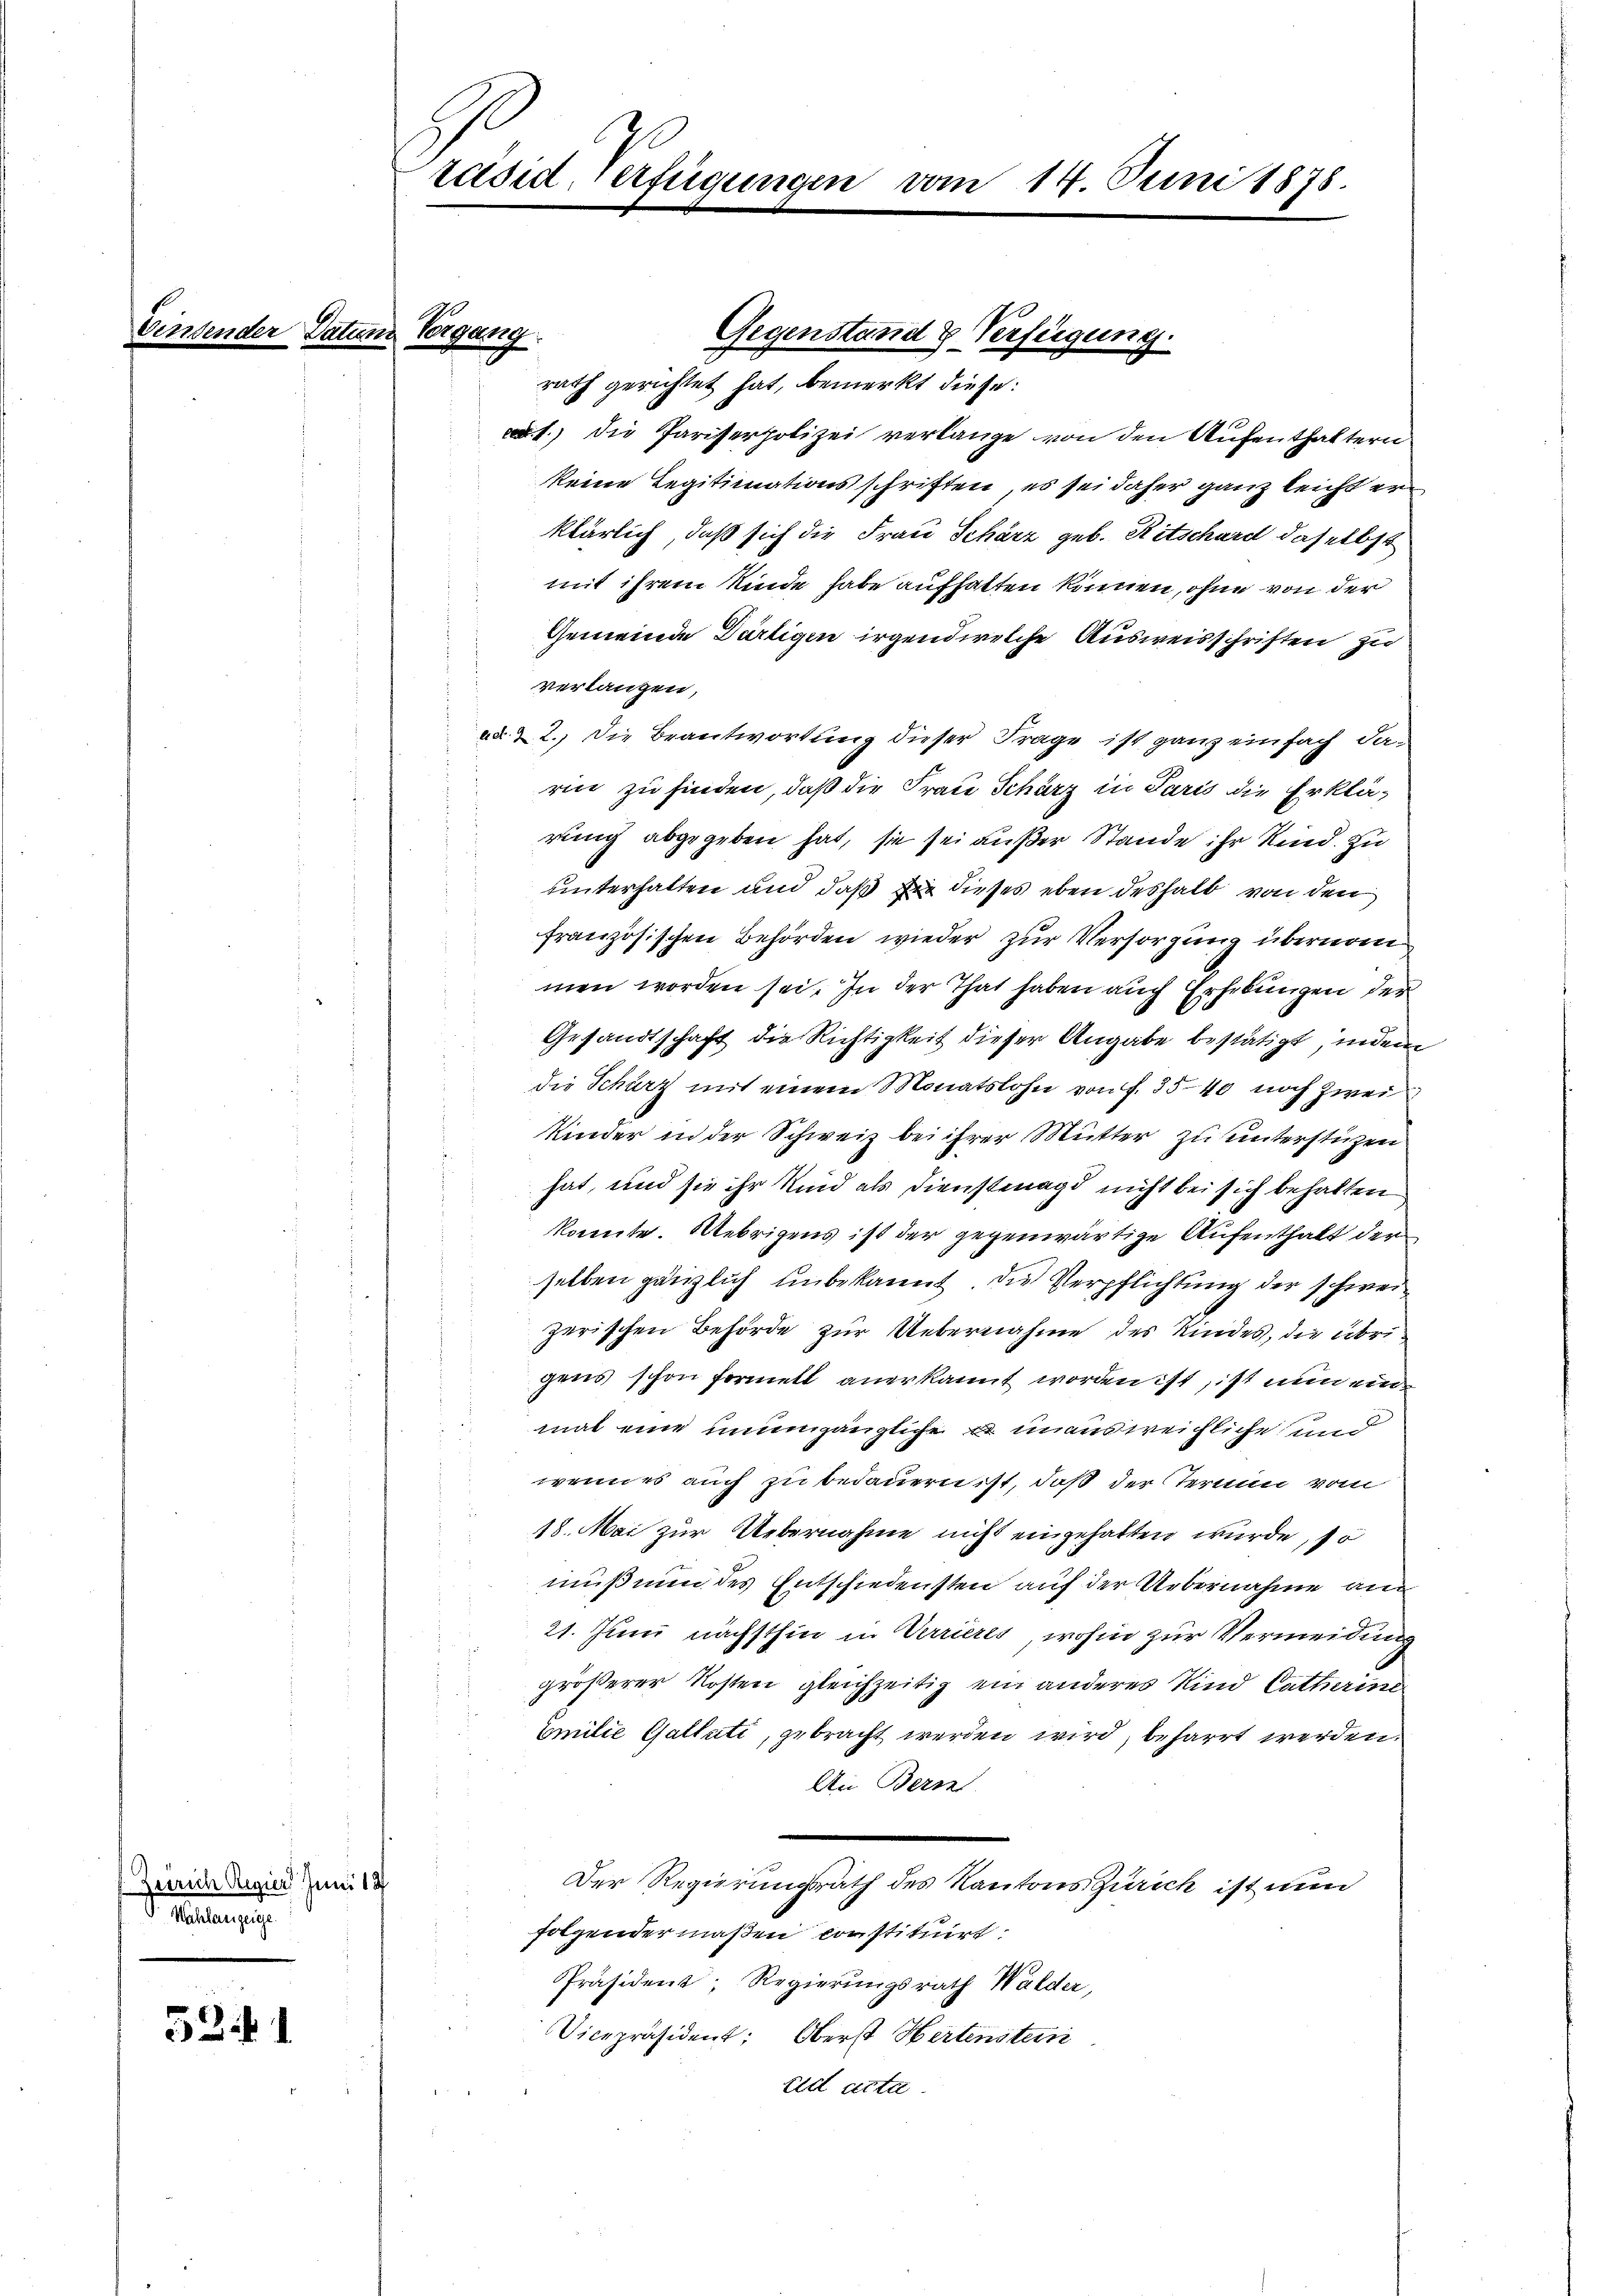
Zürich Regier Juni 18
Nahlanzeige.

52 f. 1

räsid, verfügungen vom 14. Juni 1878.

gung

Gegenstand & Verfügung.
rath gerichtet hat, bemerkt diese

1.) die Pariserpolizei verlange von den Aufenthaltern
keine Legitimationsschriften, es sei daher ganz leicht erklärlich, daß sich die Frau Scharz geb. Ritschard daselbst
mit ihrem Kinde habe aufhalten können, ohne von der
Gemeinde Dürtigen irgend welche Ausweisschriften zu
verlangen,
. & 2.) Die Beantwortung dieser Frage ist ganz einfach da-
rin zu finden, daß die Frau Scharz in Paris die Erklärung abgegeben hat, sie sei außer Stande ihr Kind. Zu
unterhalten und daß sie dieses eben deshalb von den
französischen Behörden wieder zur Versorgung übernom
men worden sei. In der That haben auch Erhebungen der
Gesandtschaft die Richtigkeit dieser Angabe bestätigt, indem
die Schürz mit einem Monatslohn von f. 35 40 noch zwei
Kinder in der Schweiz bei ihrer Mutter zu unterstüzen
hat, und sie ihr Kind als Dienstenagd nicht bei sich behalten
konnte. Uebrigens ist der gegenwärtige Aufenthalt der
selben gänzlich unbekannt, die Verpflichtung der schweizerischen Behörde zur Uebernahme des Kindes, die übrigens schon formelt anerkannt worden ist, ist nun ein
mal eine unumgängliche  unausweichliche und
wenn es auch zu bedauern ist, daß der Termin vom
18. Mai zur Uebernahme nicht eingehalten wurde, so
muß nun des Entschiedensten auf der Uebernahme and
21. Juni nächsthin in Verrieres, wohin zur Vermeidung
größerer Kosten gleichzeitig ein anderes Kind Catharin
Emilie Galtati, gebracht werden wird, beharrt werden.
An Bern
Der Regierungsrath des Kantons Zürich ist nun
folgendermaßen constituirt.
Präsident, Regierungsrath Walder,
Vicepräsident: Oberst Hertenstein
edl acta.